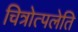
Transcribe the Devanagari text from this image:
चित्रोत्पलेति